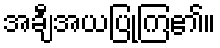
အချီအယပြုကြ၏။